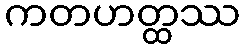
ကတဟတ္ထဿ